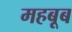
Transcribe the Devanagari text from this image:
महबूब